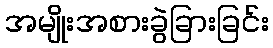
အမျိုးအစားခွဲခြားခြင်း